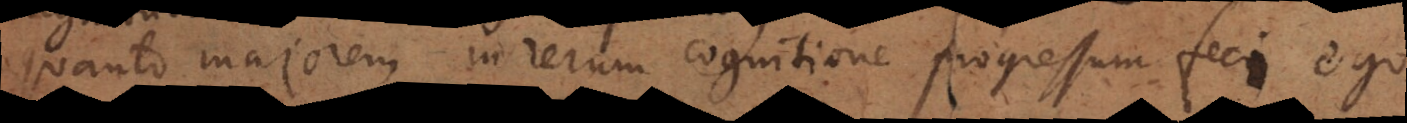
quanto majorem in rerum cognitione progressum feci ego